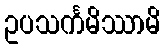
ဥပသင်္ကမိဿာမိ